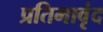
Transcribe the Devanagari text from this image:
प्रतिमावृंद